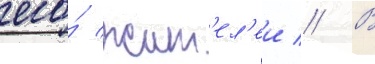
его́ жит'ел'еи // В